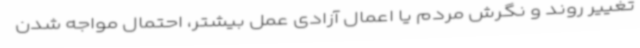
تغییر روند و نگرش مردم یا اعمال آزادی عمل بیشتر، احتمال مواجه شدن